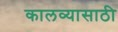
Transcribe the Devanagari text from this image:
कालव्यासाठी